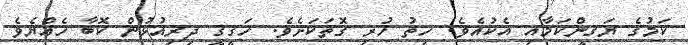
ކަމުގެ ޔަޤީންކަމާއި އެކުއެވެ. ހިތު ހުރި ގޮތަކަށެވެ. ހަޤީޤީ ދިރިއުޅުން ކޮބާ ހެއްޔެވެ